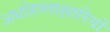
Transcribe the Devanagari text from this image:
अधोहस्ताक्षारियों